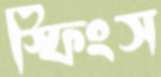
স্ফিংস